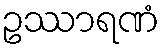
ဥဿာရဏံ